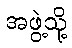
အဖွဲ့သို့